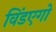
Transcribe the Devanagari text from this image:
विंडएगो